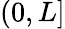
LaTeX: (0,L]